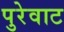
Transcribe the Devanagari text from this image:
पुरेवाट